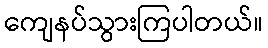
ကျေနပ်သွားကြပါတယ်။